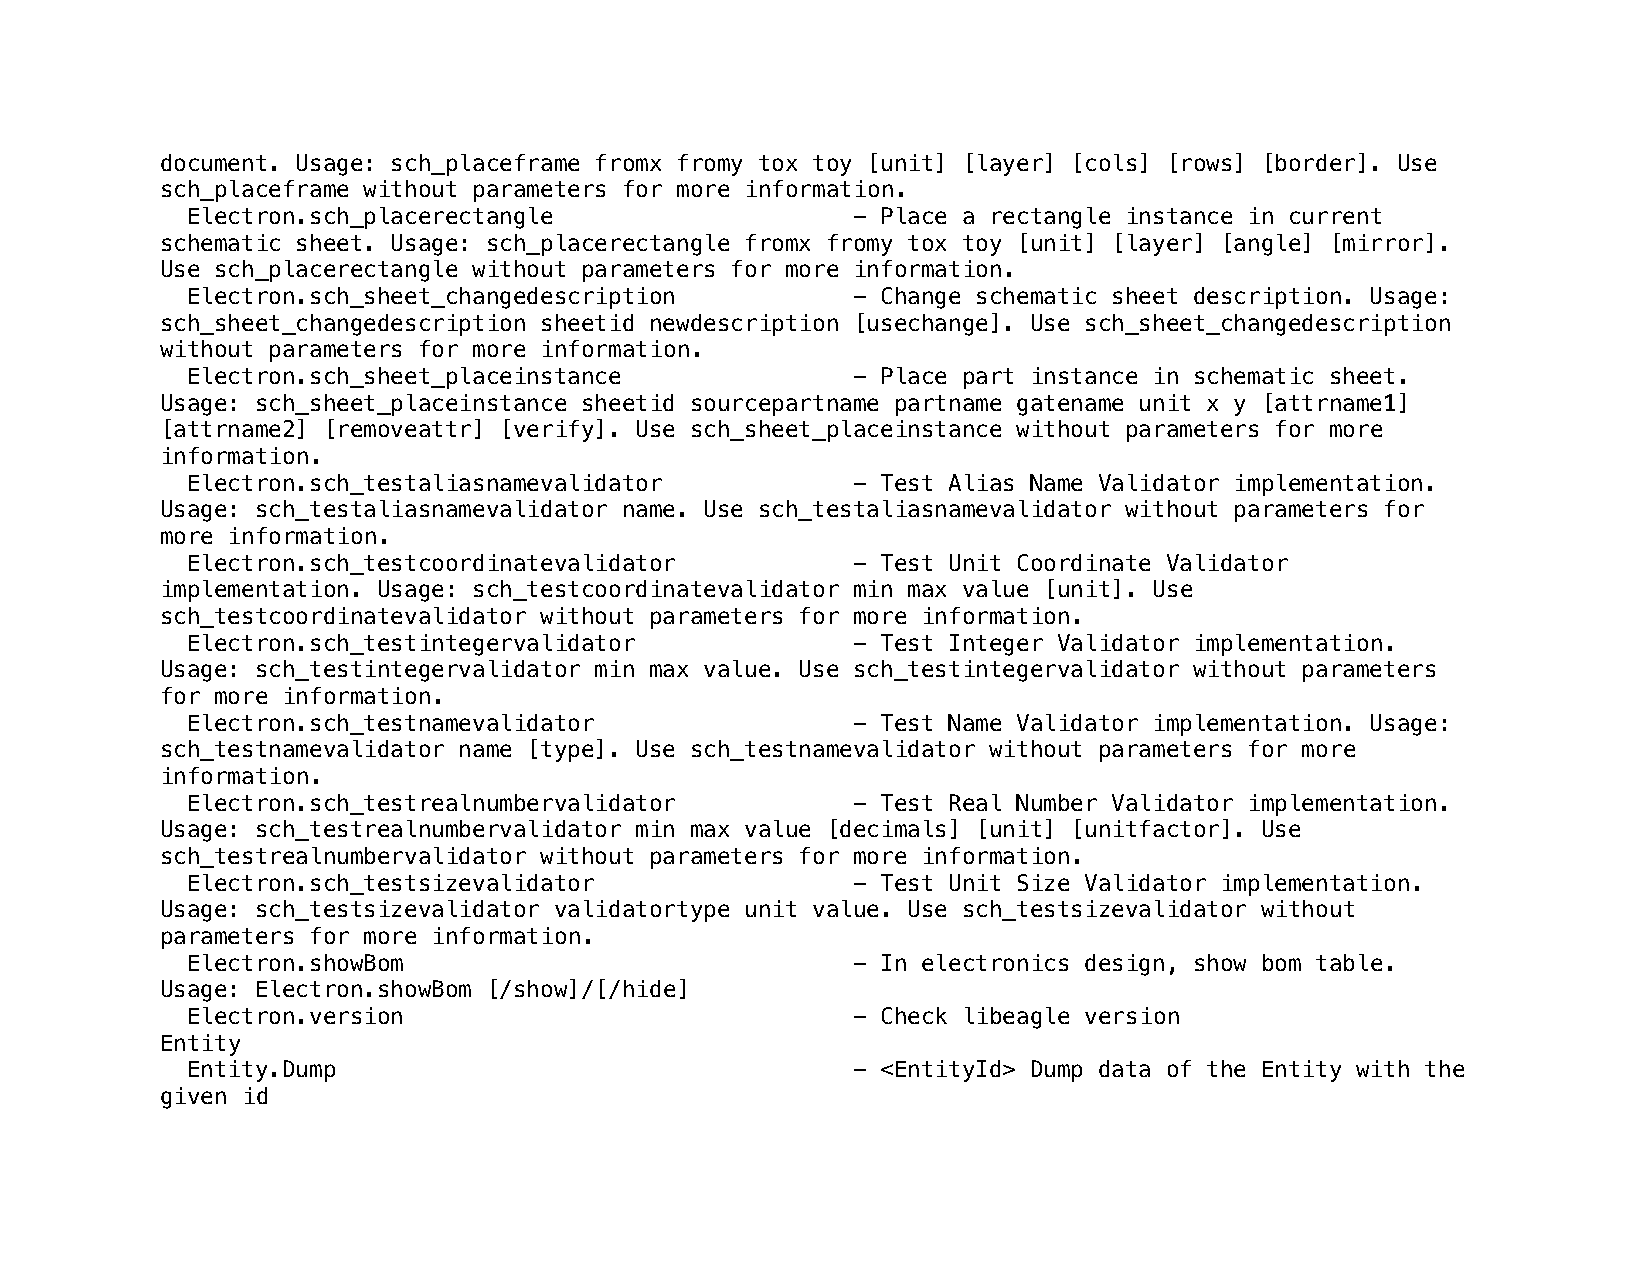
document. Usage: sch_placeframe fromx fromy tox toy [unit] [layer] [cols] [rows] [border]. Use
 sch_placeframe without parameters for more information.
 Electron.sch_placerectangle                 - Place a rectangle instance in current
 schematic sheet. Usage: sch_placerectangle fromx fromy tox toy [unit] [layer] [angle] [mirror].
 Use sch_placerectangle without parameters for more information.
 Electron.sch_sheet_changedescription        - Change schematic sheet description. Usage:
 sch_sheet_changedescription sheetid newdescription [usechange]. Use sch_sheet_changedescription
 without parameters for more information.
 Electron.sch_sheet_placeinstance            - Place part instance in schematic sheet.
 Usage: sch_sheet_placeinstance sheetid sourcepartname partname gatename unit x y [attrname1]
 [attrname2] [removeattr] [verify]. Use sch_sheet_placeinstance without parameters for more
 information.
 Electron.sch_testaliasnamevalidator         - Test Alias Name Validator implementation.
 Usage: sch_testaliasnamevalidator name. Use sch_testaliasnamevalidator without parameters for
 more information.
 Electron.sch_testcoordinatevalidator        - Test Unit Coordinate Validator
 implementation. Usage: sch_testcoordinatevalidator min max value [unit]. Use
 sch_testcoordinatevalidator without parameters for more information.
 Electron.sch_testintegervalidator           - Test Integer Validator implementation.
 Usage: sch_testintegervalidator min max value. Use sch_testintegervalidator without parameters
 for more information.
 Electron.sch_testnamevalidator              - Test Name Validator implementation. Usage:
 sch_testnamevalidator name [type]. Use sch_testnamevalidator without parameters for more
 information.
 Electron.sch_testrealnumbervalidator        - Test Real Number Validator implementation.
 Usage: sch_testrealnumbervalidator min max value [decimals] [unit] [unitfactor]. Use
 sch_testrealnumbervalidator without parameters for more information.
 Electron.sch_testsizevalidator              - Test Unit Size Validator implementation.
 Usage: sch_testsizevalidator validatortype unit value. Use sch_testsizevalidator without
 parameters for more information.
 Electron.showBom                            - In electronics design, show bom table.
 Usage: Electron.showBom [/show]/[/hide]
 Electron.version                            - Check libeagle version
 Entity
 Entity.Dump                                 - <EntityId> Dump data of the Entity with the
 given id